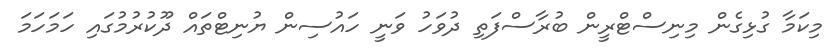
މިކަމާ ގުޅިގެން މިނިސްޓްރީން ބުރާސްފަތި ދުވަހު ވަނީ ހައުސިން ޔުނިޓްތައް ދޫކުރުމުގައި ހަމަހަމަ